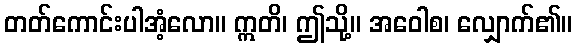
တတ်ကောင်းပါအံ့လော။ ဣတိ၊ ဤသို့။ အဝေါစ၊ လျှောက်၏။